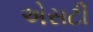
એસટી